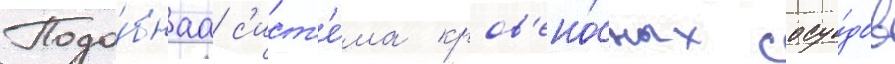
Подо́бнаа с'ист'е́ма кров'ено́сных сосу́дов